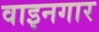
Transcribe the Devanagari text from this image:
वाइनगार